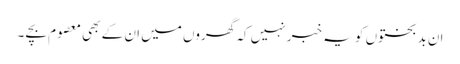
ان بدبختوں کو یہ خبر نہیں کہ گھروں میں ان کے بھی معصوم بچے ۔